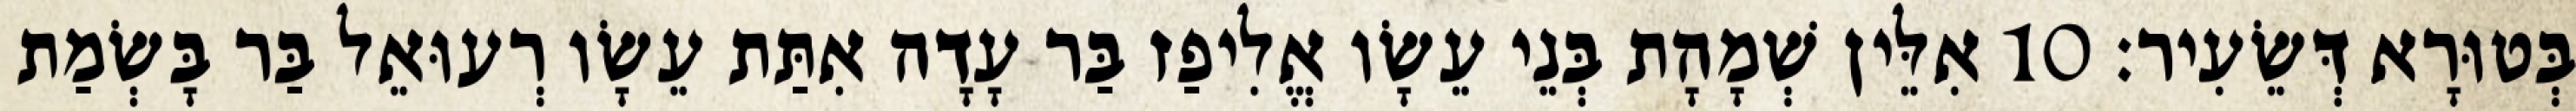
בְּטוּרָא דְּשֵׂעִיר׃ 10 אִלֵּין שְׁמָהָת בְּנֵי עֵשָׂו אֱלִיפַז בַּר עָדָה אִתַּת עֵשָׂו רְעוּאֵל בַּר בָּשְׂמַת